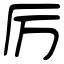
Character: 厉